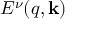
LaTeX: E ^ { \nu } ( q , \mathbf { k } )